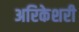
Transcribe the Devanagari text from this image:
अरिकेशरी